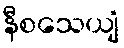
နီစသေယျံ